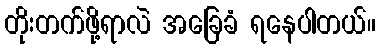
တိုးတက်ဖို့ရာလဲ အခြေခံ ရနေပါတယ်။